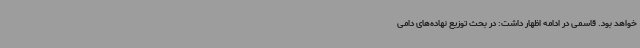
خواهد بود. قاسمی در ادامه اظهار داشت: در بحث توزیع نهاده‌های دامی